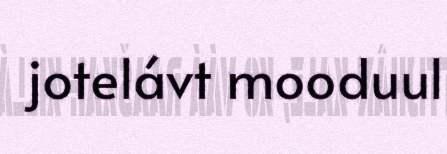
jotelávt mooduul